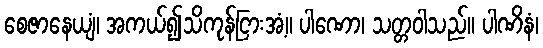
စေဇာနေယျံ၊ အကယ်၍သိကုန်ငြားအံ့။ ပါဏော၊ သတ္တဝါသည်။ ပါဏိနံ၊